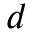
d